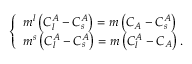
\left\{ \begin{array} { l } { m ^ { l } \left( C _ { l } ^ { A } - C _ { s } ^ { A } \right) = m \left( C _ { A } - C _ { s } ^ { A } \right) } \\ { m ^ { s } \left( C _ { l } ^ { A } - C _ { s } ^ { A } \right) = m \left( C _ { l } ^ { A } - C _ { A } \right) . } \end{array} \right.